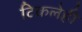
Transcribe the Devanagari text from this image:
टिकलेही